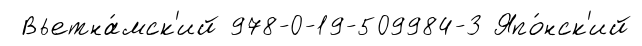
Вьетна́мск'ий 978-0-19-509984-3 Япо́нск'ий